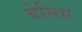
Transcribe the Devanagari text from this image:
बेसिस